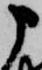
申